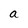
Character: a